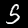
Digit: 5